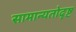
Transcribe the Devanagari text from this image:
सामान्यतोदृष्ट